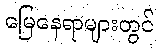
မြေနေရာများတွင်